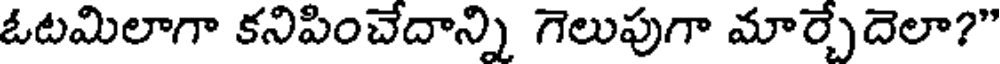
ఓటమిలాగా కనిపించేదాన్ని గెలుపుగా మార్చేదెలా?"